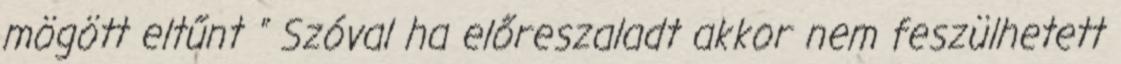
mögött eltűnt " Szóval ha előreszaladt akkor nem feszülhetett